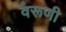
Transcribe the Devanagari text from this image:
वरूणी